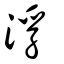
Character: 浮